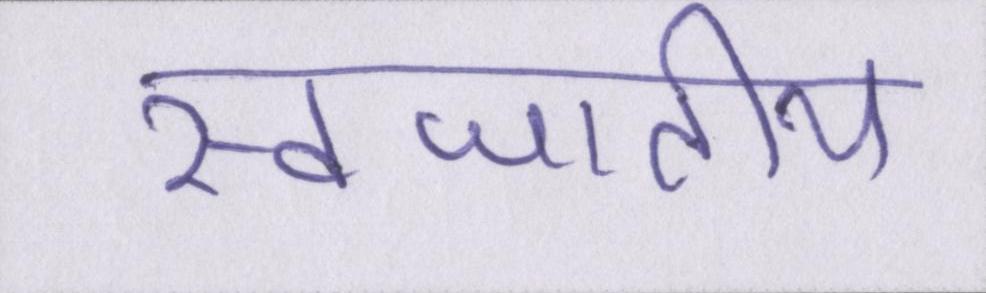
स्वजातीय